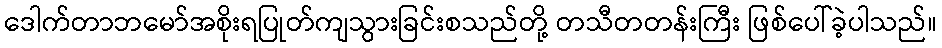
ဒေါက်တာဘမော်အစိုးရပြုတ်ကျသွားခြင်းစသည်တို့ တသီတတန်းကြီး ဖြစ်ပေါ်ခဲ့ပါသည်။